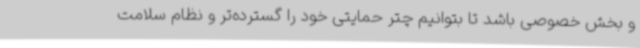
و بخش خصوصی باشد تا بتوانیم چتر حمایتی خود را گسترده‌تر و نظام سلامت